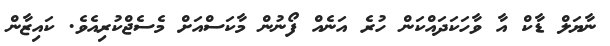
ނާޔަލް ޑާކް އާ ވާހަކަދައްކަން ހުރެ އަނެއް ފޯނުން މާކަސްއަށް މެސެޖްކުރިއެވެ. ކައިޒާން